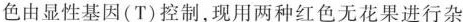
色由显性基因(T)控制，现用两种红色无花果进行杂